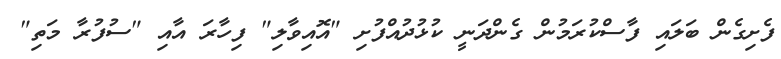
ފެށިގެން ބަލައި ފާސްކުރަމުން ގެންދަނީ ކުޅުދުއްފުށި "އޮއިވާލި" ފިހާރަ އާއި "ސުފުރާ މަތި"